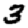
Digit: 3